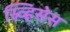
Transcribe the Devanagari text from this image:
स्र्व्हिसेस